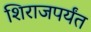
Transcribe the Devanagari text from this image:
शिराजपर्यंत